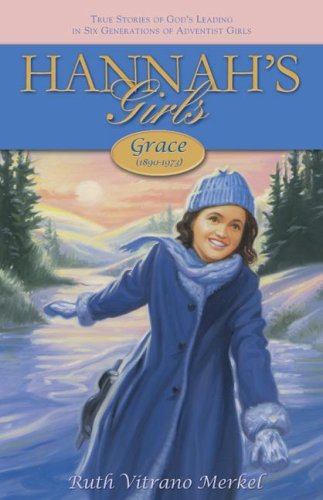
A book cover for Grace: 1890-1973 (Hannah's Girls); Ruth Vitrano Merkel; Christian Books & Bibles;